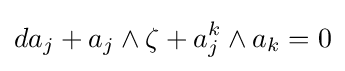
da_{j}+a_{j}\wedge \zeta +a_{j}^{k}\wedge a_{k}=0